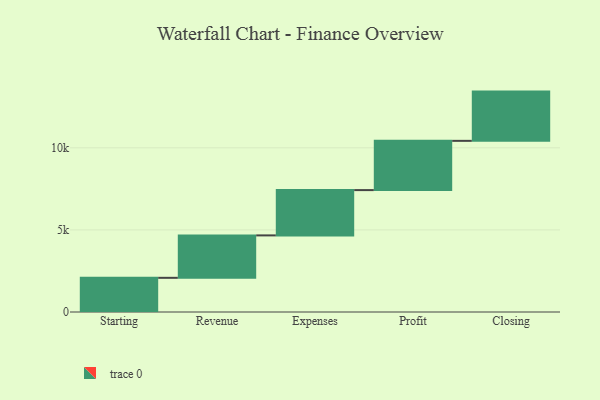
{"axis": {"x": "Step", "y": "Value"}, "legend": [""], "data": [{"x": "Starting", "y": 2082.0, "type": ""}, {"x": "Revenue", "y": 2584.0, "type": ""}, {"x": "Expenses", "y": 2760.0, "type": ""}, {"x": "Profit", "y": 3000, "type": ""}, {"x": "Closing", "y": 3000, "type": ""}]}